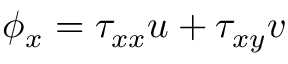
\phi _ { x } = \tau _ { x x } u + \tau _ { x y } v